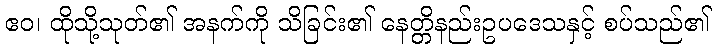
ဧဝ၊ ထိုသို့သုတ်၏ အနက်ကို သိခြင်း၏ နေတ္တိနည်းဥပဒေသနှင့် စပ်သည်၏